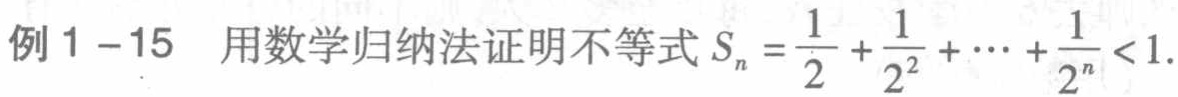
例 1 -15 用数学归纳法证明不等式 \(S_{n}=\frac{1}{2}+\frac{1}{2^{2}}+\cdots+\frac{1}{2^{n}}<1\).